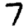
Digit: 7